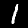
Label: 1